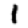
Digit: 1